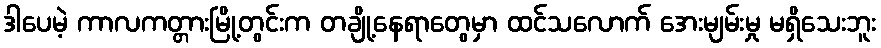
ဒါပေမဲ့ ကာလကတ္တားမြို့တွင်းက တချို့နေရာတွေမှာ ထင်သလောက် အေးမျမ်းမှု မရှိသေးဘူး